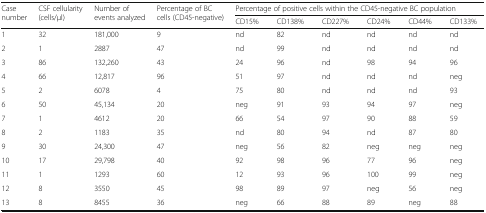
<table><thead><tr><td rowspan="2"><b>Case number</b></td><td rowspan="2"><b>CSF cellularity (cells/μl)</b></td><td rowspan="2"><b>Number of events analyzed</b></td><td rowspan="2"><b>Percentage of BC cells (CD45-negative)</b></td><td colspan="6"><b>Percentage of positive cells within the CD45-negative BC population</b></td></tr><tr><td><b>CD15%</b></td><td><b>CD138%</b></td><td><b>CD227%</b></td><td><b>CD24%</b></td><td><b>CD44%</b></td><td><b>CD133%</b></td></tr></thead><tbody><tr><td>1</td><td>32</td><td>181,000</td><td>9</td><td>nd</td><td>82</td><td>nd</td><td>nd</td><td>nd</td><td>nd</td></tr><tr><td>2</td><td>1</td><td>2887</td><td>47</td><td>nd</td><td>99</td><td>nd</td><td>nd</td><td>nd</td><td>nd</td></tr><tr><td>3</td><td>86</td><td>132,260</td><td>43</td><td>24</td><td>96</td><td>nd</td><td>98</td><td>94</td><td>96</td></tr><tr><td>4</td><td>66</td><td>12,817</td><td>96</td><td>51</td><td>97</td><td>nd</td><td>nd</td><td>nd</td><td>neg</td></tr><tr><td>5</td><td>2</td><td>6078</td><td>4</td><td>75</td><td>80</td><td>nd</td><td>nd</td><td>nd</td><td>93</td></tr><tr><td>6</td><td>50</td><td>45,134</td><td>20</td><td>neg</td><td>91</td><td>93</td><td>94</td><td>97</td><td>neg</td></tr><tr><td>7</td><td>1</td><td>4612</td><td>20</td><td>66</td><td>54</td><td>97</td><td>90</td><td>88</td><td>59</td></tr><tr><td>8</td><td>2</td><td>1183</td><td>35</td><td>nd</td><td>80</td><td>94</td><td>nd</td><td>87</td><td>80</td></tr><tr><td>9</td><td>30</td><td>24,300</td><td>47</td><td>neg</td><td>56</td><td>82</td><td>neg</td><td>neg</td><td>neg</td></tr><tr><td>10</td><td>17</td><td>29,798</td><td>40</td><td>92</td><td>98</td><td>96</td><td>77</td><td>96</td><td>neg</td></tr><tr><td>11</td><td>1</td><td>1293</td><td>60</td><td>12</td><td>93</td><td>96</td><td>100</td><td>99</td><td>neg</td></tr><tr><td>12</td><td>8</td><td>3550</td><td>45</td><td>98</td><td>89</td><td>97</td><td>neg</td><td>56</td><td>neg</td></tr><tr><td>13</td><td>8</td><td>8455</td><td>36</td><td>neg</td><td>66</td><td>88</td><td>89</td><td>neg</td><td>88</td></tr></tbody></table>